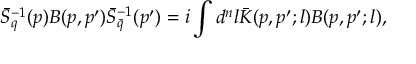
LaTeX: \bar { S } _ { q } ^ { - 1 } ( p ) B ( p , p ^ { \prime } ) \bar { S } _ { \bar { q } } ^ { - 1 } ( p ^ { \prime } ) = i \int d ^ { n } l \bar { K } ( p , p ^ { \prime } ; l ) B ( p , p ^ { \prime } ; l ) ,